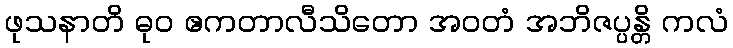
ဖုသနာတိ ဓုဝ ဧကတာလီသိတော အဝတံ အဘိဇပ္ပန္တိ ကလံ